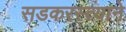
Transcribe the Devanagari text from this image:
सडकरस्त्याने